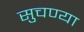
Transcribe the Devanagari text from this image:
सुचण्या